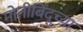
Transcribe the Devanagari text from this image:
मोतीबिंदूच्या